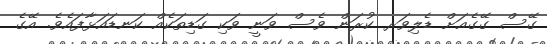
ގޭސް ގޭގެއަށް ޑެލިވަރ ކުރަން ވެސް ވަނީ ވަކި ގަޑިތަކެއް ކަނޑައަޅާފައެވެ. އޭގެ